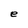
Character: e